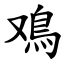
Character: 鳮